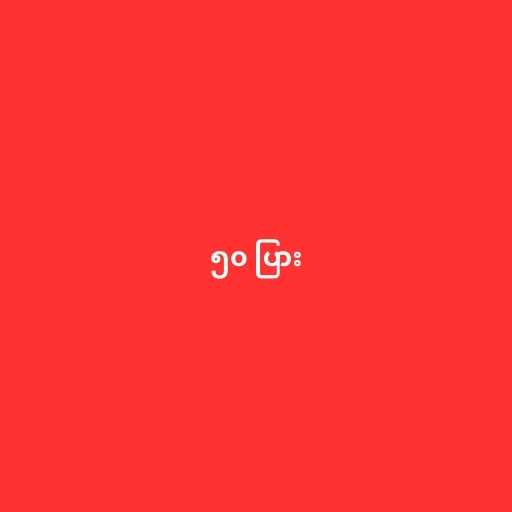
၅၀ ပြား